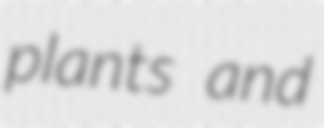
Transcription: plants and